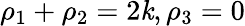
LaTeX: \rho_{1}+\rho_{2}=2\mathit{k},\rho_{3}=0